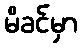
မိခင်မှာ